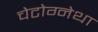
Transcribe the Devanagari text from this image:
चेटोग्नेथा